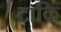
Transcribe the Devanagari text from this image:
टाकि